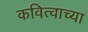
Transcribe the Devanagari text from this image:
कवित्वाच्या